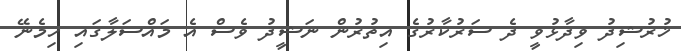
ޚުރުޝިދު ވިދާޅުވީ ދެ ސަރުކާރުގެ އިތުރުން ނަޝީދު ވެސް އެ މައްސަލާގައި ހިމެނޭ